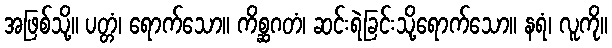
အဖြစ်သို့။ ပတ္တံ၊ ရောက်သော။ ကိစ္ဆဂတံ၊ ဆင်းရဲခြင်းသို့ရောက်သော။ နရံ၊ လူကို။